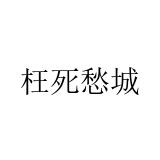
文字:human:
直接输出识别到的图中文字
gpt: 枉死愁城